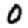
Digit: 0